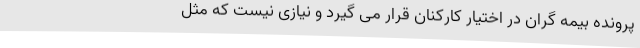
پرونده بیمه گران در اختیار کارکنان قرار می گیرد و نیازی نیست که مثل